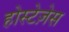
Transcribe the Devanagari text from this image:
होस्टेज़ेस